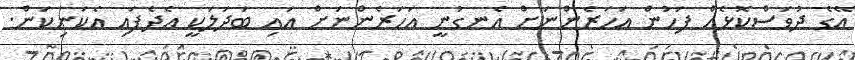
އޭގެ ދުވަސްކޮޅެއް ފަހުން އަހަރެންނަށް އެނގުނީ އަހަރެންނަށް އައި ބަދަލަކީ އެދެފައި އެކަނިކަން.